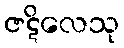
ဇဋိလေသု